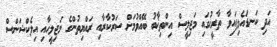
އަދި ކަނޑައެޅިފައިވާ ތާރީޚުގައި މަޖިލީސް އިންތިޚާބު ބޭއްވުމަށް ސަރުކާރާއި ރައްޔިތުންގެ މަޖިލީހާއި އިލެކްޝަންސް